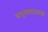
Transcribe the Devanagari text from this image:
समुद्रतटाजवळ